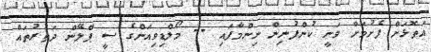
އަތޮޅަށް ފެށުމަށް ވަނީ ކުންފުނިން ނިންމާފައި -- މޯލްޑިވިއަންގެ ސީ ޕްލޭން ދަތުރުތައް